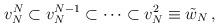
LaTeX: \begin{align*}v_N^N \subset v_N^{N-1}\subset \cdots \subset v_N^2 \equiv {\tilde w}_N\,,\end{align*}